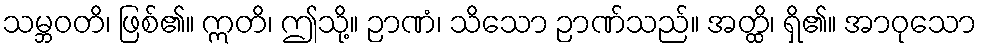
သမ္ဘဝတိ၊ ဖြစ်၏။ ဣတိ၊ ဤသို့။ ဉာဏံ၊ သိသော ဉာဏ်သည်။ အတ္ထိ၊ ရှိ၏။ အာဝုသော